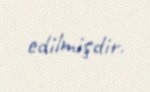
edilmişdir.